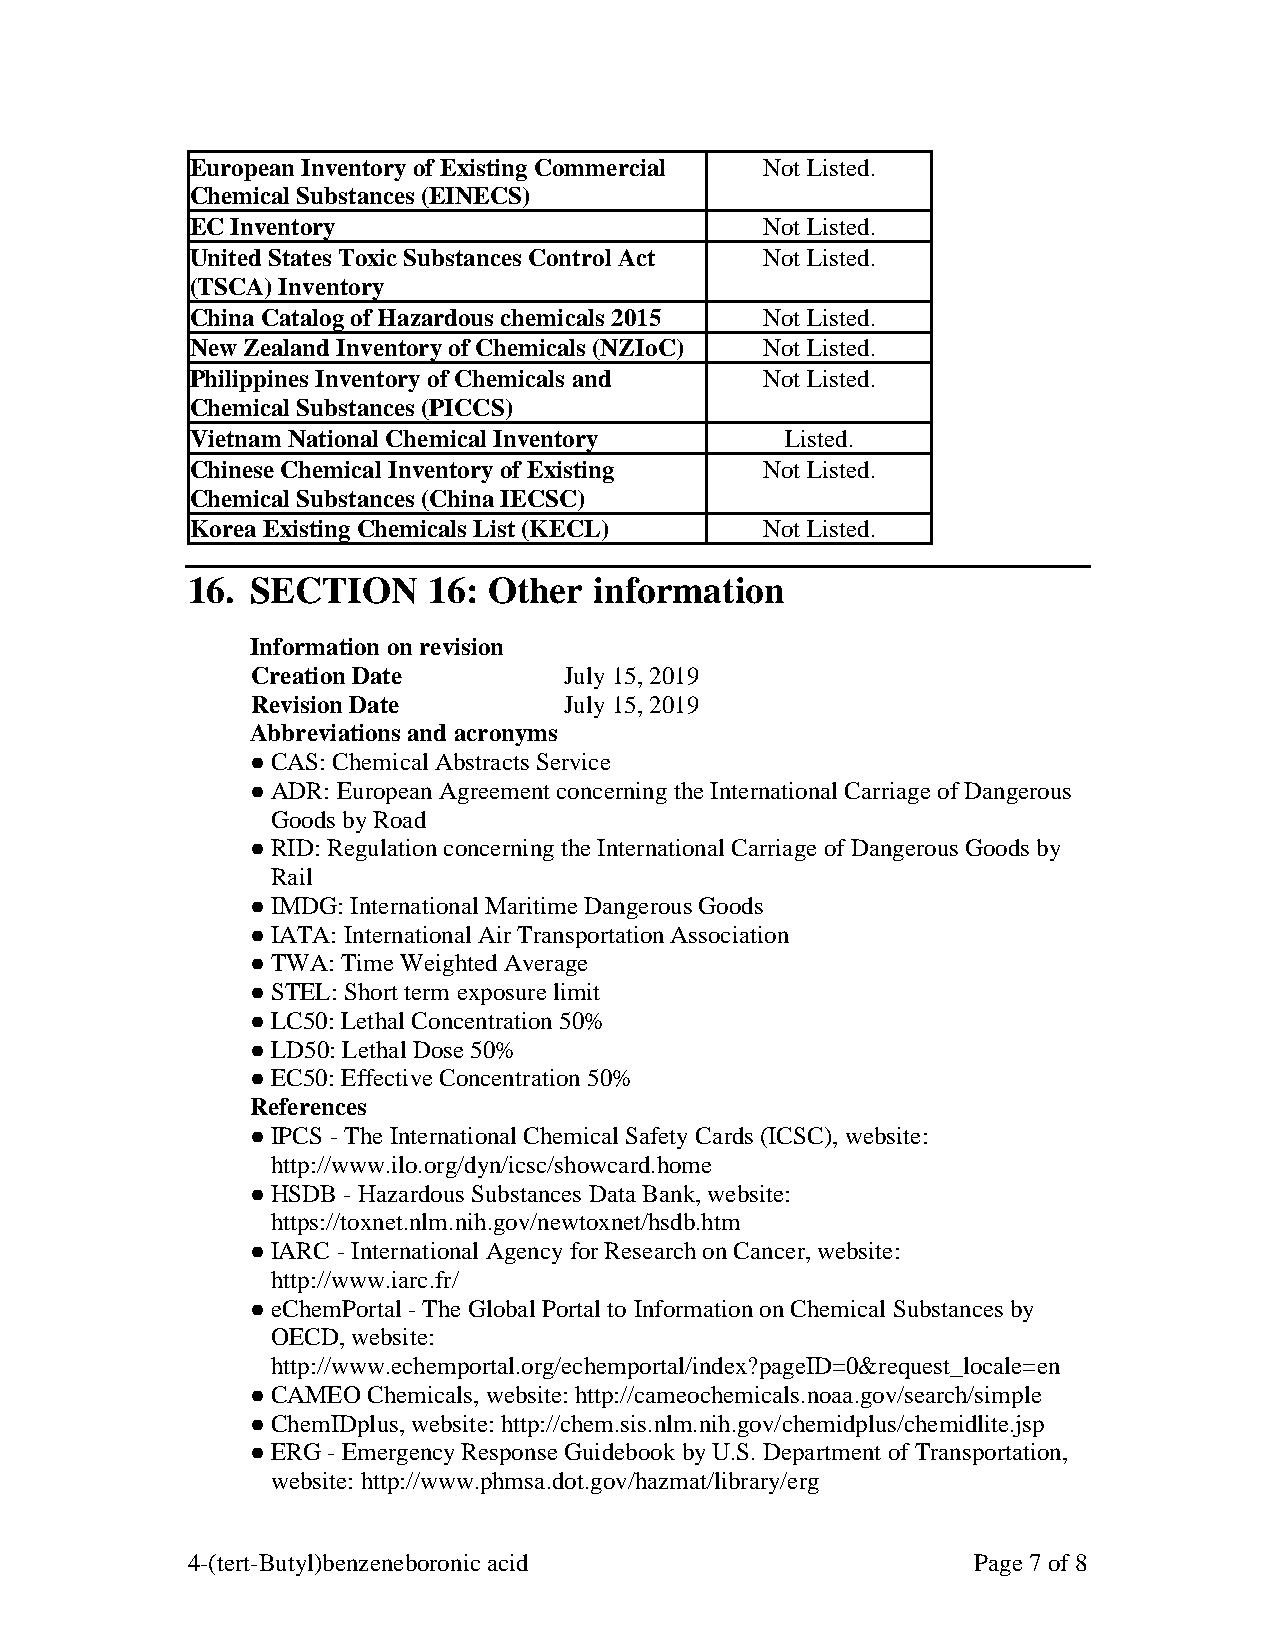
European Inventory of Existing Commercial Not Listed.
 Chemical Substances (EINECS)
 EC Inventory                          Not Listed.
 United States Toxic Substances Control Act Not Listed.
 (TSCA) Inventory
 China Catalog of Hazardous chemicals 2015 Not Listed.
 New Zealand Inventory of Chemicals (NZIoC) Not Listed.
 Philippines Inventory of Chemicals and Not Listed.
 Chemical Substances (PICCS)
 Vietnam National Chemical Inventory    Listed.
 Chinese Chemical Inventory of Existing Not Listed.
 Chemical Substances (China IECSC)
 Korea Existing Chemicals List (KECL)  Not Listed.
 16.  SECTION    16: Other  information
 Information on revision
 Creation Date       July 15, 2019
 Revision Date       July 15, 2019
 Abbreviations and acronyms
 ● CAS: Chemical Abstracts Service
 ● ADR: European Agreement concerning the International Carriage of Dangerous
 Goods by Road
 ● RID: Regulation concerning the International Carriage of Dangerous Goods by
 Rail
 ● IMDG: International Maritime Dangerous Goods
 ● IATA: International Air Transportation Association
 ● TWA: Time Weighted Average
 ● STEL: Short term exposure limit
 ● LC50: Lethal Concentration 50%
 ● LD50: Lethal Dose 50%
 ● EC50: Effective Concentration 50%
 References
 ● IPCS - The International Chemical Safety Cards (ICSC), website:
 http://www.ilo.org/dyn/icsc/showcard.home
 ● HSDB - Hazardous Substances Data Bank, website:
 https://toxnet.nlm.nih.gov/newtoxnet/hsdb.htm
 ● IARC - International Agency for Research on Cancer, website:
 http://www.iarc.fr/
 ● eChemPortal - The Global Portal to Information on Chemical Substances by
 OECD, website:
 http://www.echemportal.org/echemportal/index?pageID=0&request_locale=en
 ● CAMEO Chemicals, website: http://cameochemicals.noaa.gov/search/simple
 ● ChemIDplus, website: http://chem.sis.nlm.nih.gov/chemidplus/chemidlite.jsp
 ● ERG - Emergency Response Guidebook by U.S. Department of Transportation,
 website: http://www.phmsa.dot.gov/hazmat/library/erg
 4-(tert-Butyl)benzeneboronic acid                   Page 7 of 8